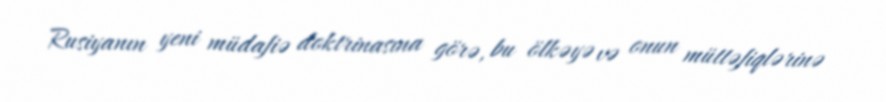
Rusiyanın yeni müdafiə doktrinasına görə, bu ölkəyə və onun müttəfiqlərinə